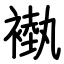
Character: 褹